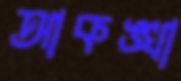
আকঙ্খা